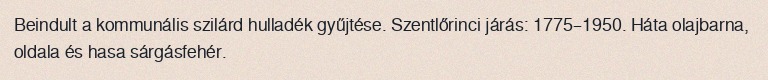
Beindult a kommunális szilárd hulladék gyűjtése. Szentlőrinci járás: 1775–1950. Háta olajbarna, oldala és hasa sárgásfehér.